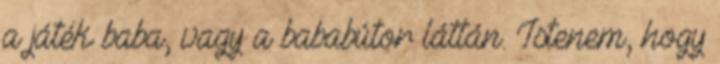
a játék baba, vagy a bababútor láttán. Istenem, hogy